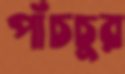
পাঁচচুর